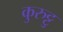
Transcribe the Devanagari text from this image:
कुरुट्टु